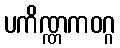
ပကိဏ္ဏကဝဂ္ဂ